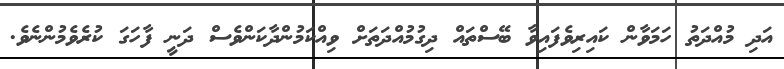
އަދި މުއްދަތު ހަމަވާން ކައިރިވެފައިވާ ބޭސްތައް ދިގުމުއްދަތަށް ވިއްކަމުންދާކަންވެސް ދަނީ ފާހަގަ ކުރެވެމުންނެވެ.